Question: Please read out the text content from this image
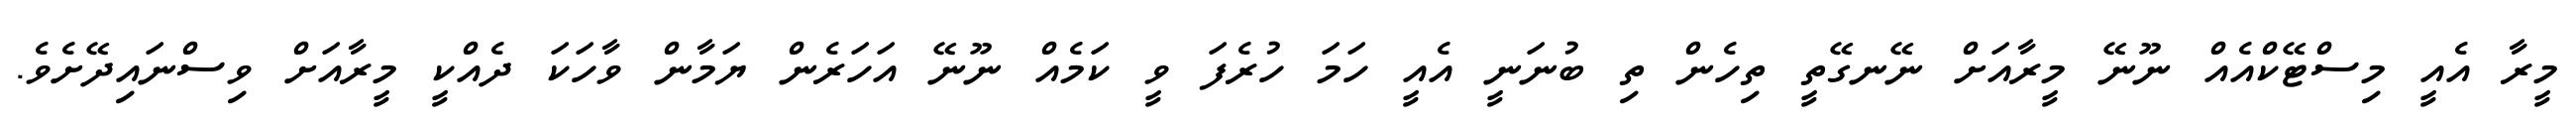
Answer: މީރާ އެއީ މިސްޓޭކްއެއް ނޫނޭ މީރާއަށް ނޭނގޭތީ ތިހެން ތި ބުނަނީ އެއީ ހަމަ ހުރެފަ ވީ ކަމެއް ނޫނޭ އަހަރެން ޔަމާން ވާހަކަ ދެއްކީ މީރާއަށް ވިސްނައިދޭށެވެ.